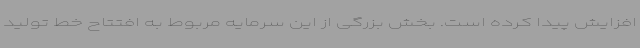
افزایش پیدا کرده است. بخش بزرگی از این سرمایه مربوط به افتتاح خط تولید